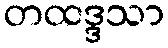
တထဒ္ဒသာ